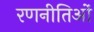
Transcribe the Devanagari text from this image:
रणनीतिओं